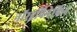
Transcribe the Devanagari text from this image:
नॉरइपिनेफ्रिन